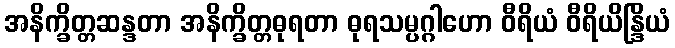
အနိက္ခိတ္တဆန္ဒတာ အနိက္ခိတ္တဓုရတာ ဓုရသမ္ပဂ္ဂါဟော ဝီရိယံ ဝီရိယိန္ဒြိယံ